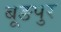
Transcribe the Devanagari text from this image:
बूङपुर